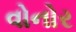
વોનોર